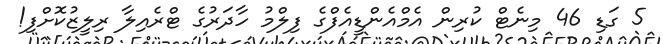
5 ގަޑި 46 މިނެޓް ކުރިން އެމްއެންޑީއެފްގެ ފިލްމު ހާދަރުގެ ޓްރެއިލާ ރިލީޒުކޮށްފި!